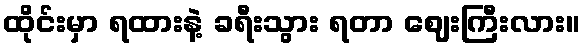
ထိုင်းမှာ ရထားနဲ့ ခရီးသွား ရတာ ဈေးကြီးလား။